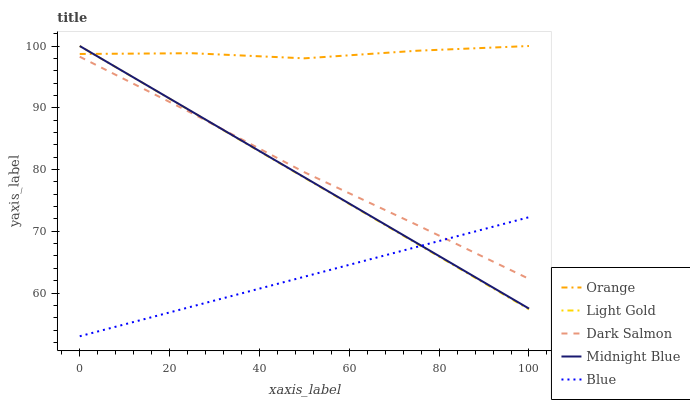
| xaxis_label | Orange | Light Gold | Dark Salmon | Midnight Blue | Blue |
 | --- | --- | --- | --- | --- | --- |
 | 0 | 98.7 | 100 | 98.3 | 100 | 53 |
 | 25 | 98.8 | 89.3 | 89.1 | 89.4 | 57.8 |
 | 50 | 98 | 78.7 | 79.6 | 78.7 | 62.6 |
 | 75 | 99.2 | 68 | 71 | 68.1 | 67.5 |
 | 100 | 100 | 57.4 | 62.3 | 57.5 | 72.3 |